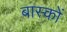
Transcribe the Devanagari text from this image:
बास्कों